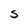
Character: S